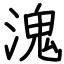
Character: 溾